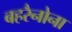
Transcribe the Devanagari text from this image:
बहरैनोना